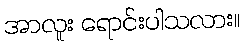
အာလူး ရောင်းပါသလား။